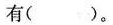
有()。